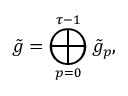
\tilde { g } = \bigoplus _ { p = 0 } ^ { \tau - 1 } \tilde { g } _ { p } ,